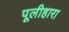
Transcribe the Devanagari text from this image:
पूलीहारा